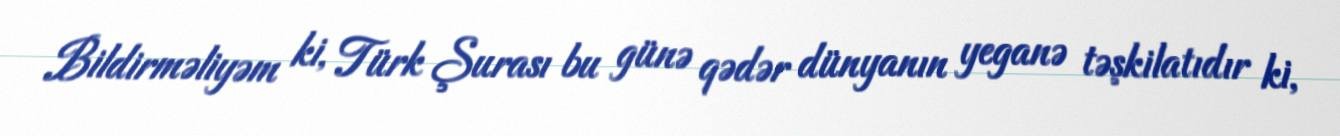
Bildirməliyəm ki, Türk Şurası bu günə qədər dünyanın yeganə təşkilatıdır ki,